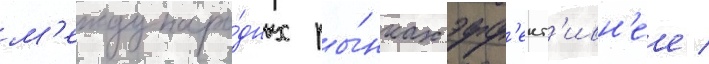
м'еждунаро́дных ры́нках эфф'ект'ивн'ее /